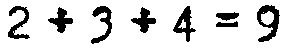
2 + 3 + 4 = 9